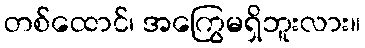
တစ်ထောင်၊ အကြွေမရှိဘူးလား။